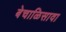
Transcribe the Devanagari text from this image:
बेचाळिसावा